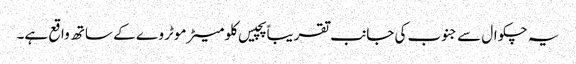
یہ چکوال سے جنوب کی جانب تقریباً پچیس کلو میٹر موٹر وے کے ساتھ واقع ہے۔